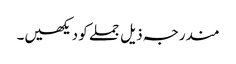
مندرجہ ذیل جملے کو دیکھیں۔